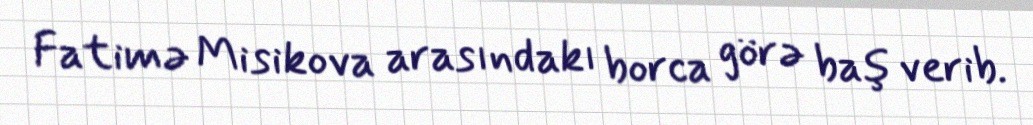
Fatimə Misikova arasındakı borca görə baş verib.